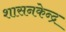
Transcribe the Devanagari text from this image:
शासनकेन्द्र